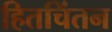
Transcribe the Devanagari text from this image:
हितचिंतन